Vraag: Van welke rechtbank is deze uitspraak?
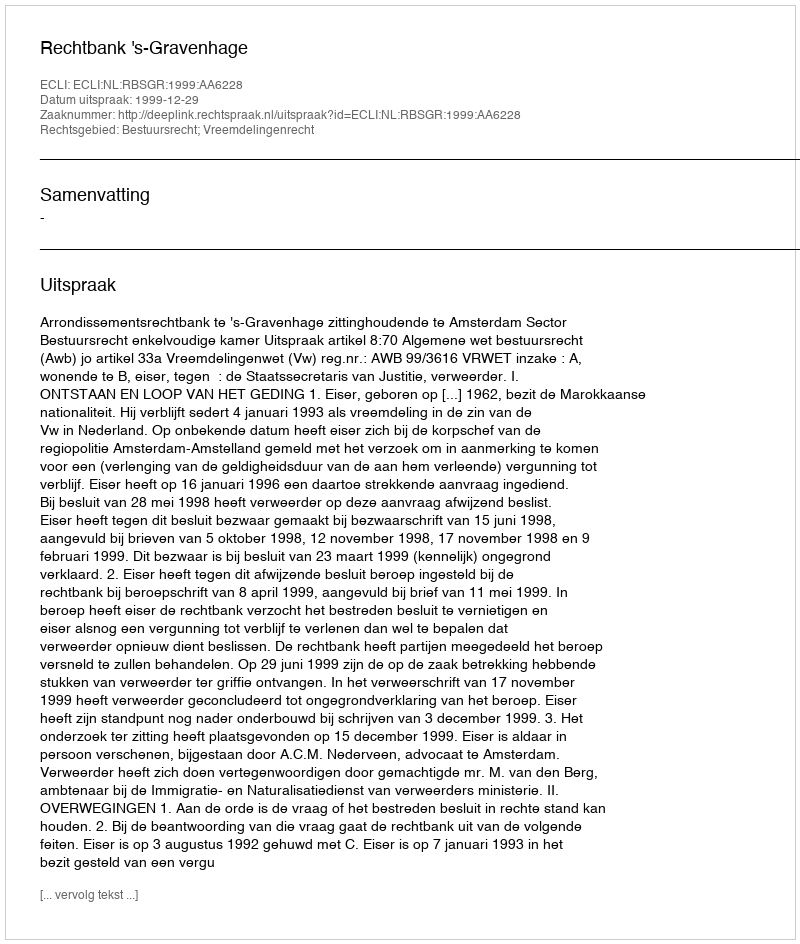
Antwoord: Rechtbank 's-Gravenhage